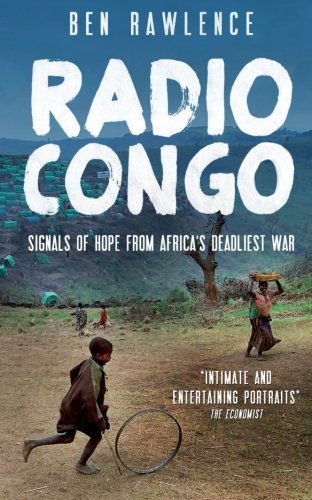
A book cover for Radio Congo: Signals of Hope from Africa's Deadliest War; Ben Rawlence; Travel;